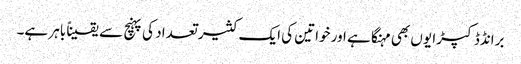
برانڈڈ کپڑا یوں بھی مہنگا ہے اور خواتین کی ایک کثیر تعداد کی پہنچ سے یقیناً باہر ہے۔